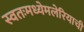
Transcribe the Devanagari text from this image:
स्वतःमध्येमलेरियाची